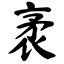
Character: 袤